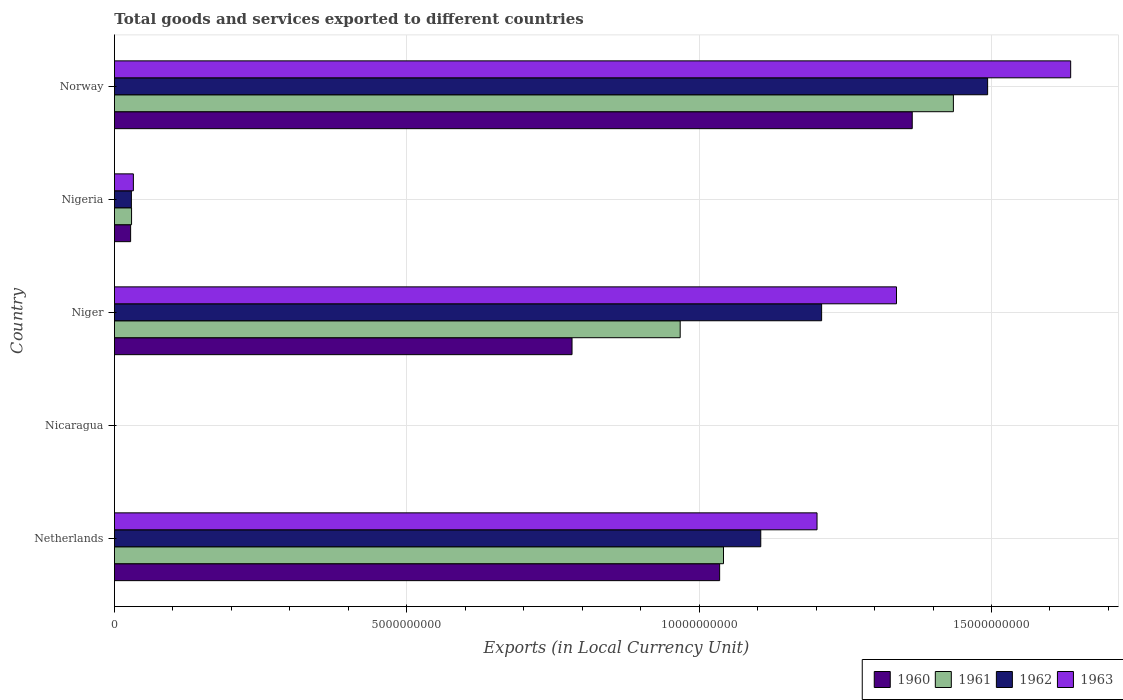
| Country | 1960 | 1961 | 1962 | 1963 |
 | --- | --- | --- | --- | --- |
 | Netherlands | 1.04e+10 | 1.04e+10 | 1.11e+10 | 1.2e+10 |
 | Nicaragua | 0.111 | 0.118 | 0.147 | 0.177 |
 | Niger | 7.83e+09 | 9.68e+09 | 1.21e+10 | 1.34e+10 |
 | Nigeria | 2.77e+08 | 2.93e+08 | 2.9e+08 | 3.24e+08 |
 | Norway | 1.36e+10 | 1.43e+10 | 1.49e+10 | 1.64e+10 |